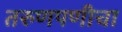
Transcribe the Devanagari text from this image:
तरुणपणीचा